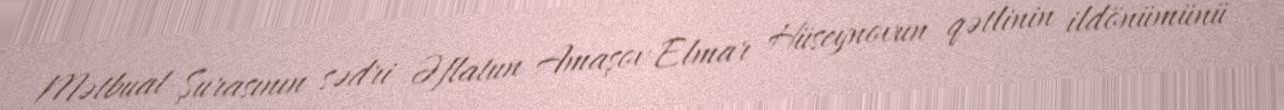
Mətbuat Şurasının sədri Əflatun Amaşov Elmar Hüseynovun qətlinin ildönümünü